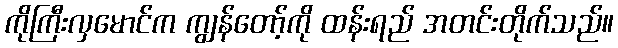
ကိုကြီးလှမောင်က ကျွန်တော့်ကို ထန်းရည် အတင်းတိုက်သည်။